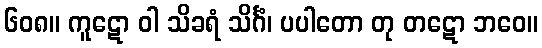
၆၀၈။ ကူဋော ဝါ သိခရံ သိင်္ဂံ၊ ပပါတော တု တဋော ဘဝေ။